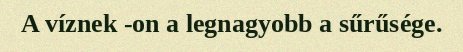
A víznek -on a legnagyobb a sűrűsége.